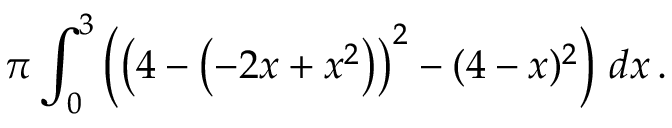
\pi \int _ { 0 } ^ { 3 } \left( \left( 4 - \left( - 2 x + x ^ { 2 } \right) \right) ^ { 2 } - ( 4 - x ) ^ { 2 } \right) \, d x \, .